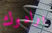
برادوك